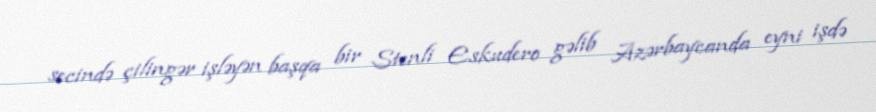
secində çilingər işləyən başqa bir Stenli Eskudero gəlib Azərbaycanda eyni işdə